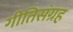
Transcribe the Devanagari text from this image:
गीतिसंग्रह